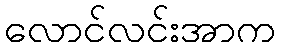
လောင်လင်းအာက